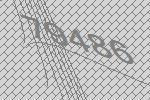
79486